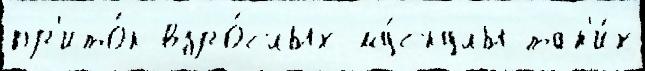
пр'ито́к взро́слых му́скулы так'и́х